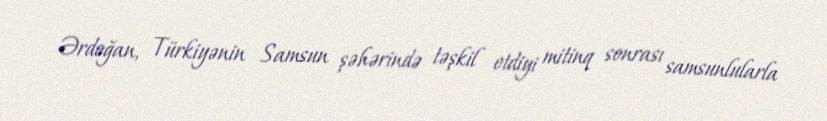
Ərdoğan, Türkiyənin Samsun şəhərində təşkil etdiyi mitinq sonrası samsunlularla